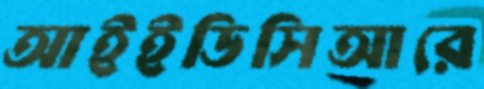
আইইডিসিআরে